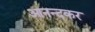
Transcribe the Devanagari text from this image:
आनन्दकर